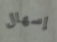
إسهال